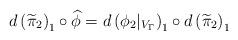
LaTeX: \begin{align*}d\left(\widetilde{\pi}_2\right)_1 \circ \widehat{\phi} = d\left(\phi_2|_{V_\Gamma}\right)_1 \circ d\left(\widetilde{\pi}_2\right)_1\end{align*}